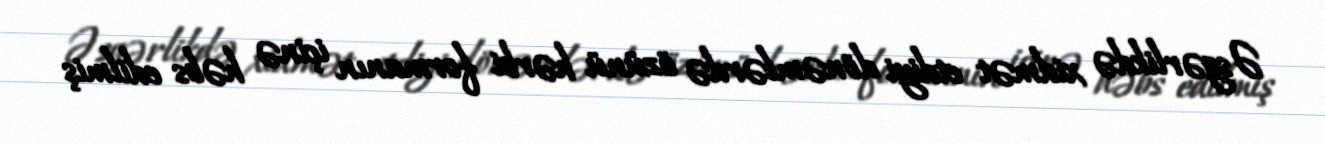
Əsgərlikdə xidmət etdiyi dönəmlərdə özünü hərbi formanın içinə həbs edilmiş